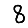
Digit: 8